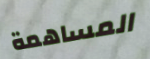
المساهمة